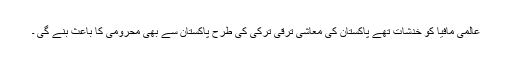
عالمی مافیا کو خدشات تھے پاکستان کی معاشی ترقی ترکی کی طرح پاکستان سے بھی محرومی کا باعث بنے گی ۔